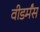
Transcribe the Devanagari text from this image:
वीडर्मंस